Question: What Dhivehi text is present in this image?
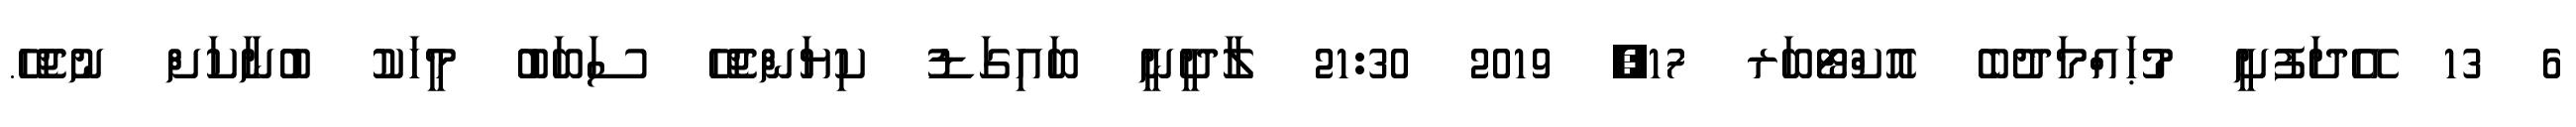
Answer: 6 13 އޭދަފުށީ މުޙައްމަދުބެ އޮކްޓޯބަރ 17, 2019 21:30 ލާދީނީ ބައިގަޑު ކިޔަންޖެހޭ ސަބަބު މީހަކު ބުނާކަށް ނުޖެހޭ.